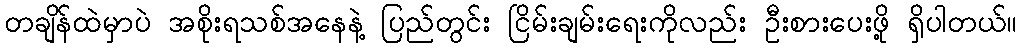
တချိန်ထဲမှာပဲ အစိုးရသစ်အနေနဲ့ ပြည်တွင်း ငြိမ်းချမ်းရေးကိုလည်း ဦးစားပေးဖို့ ရှိပါတယ်။